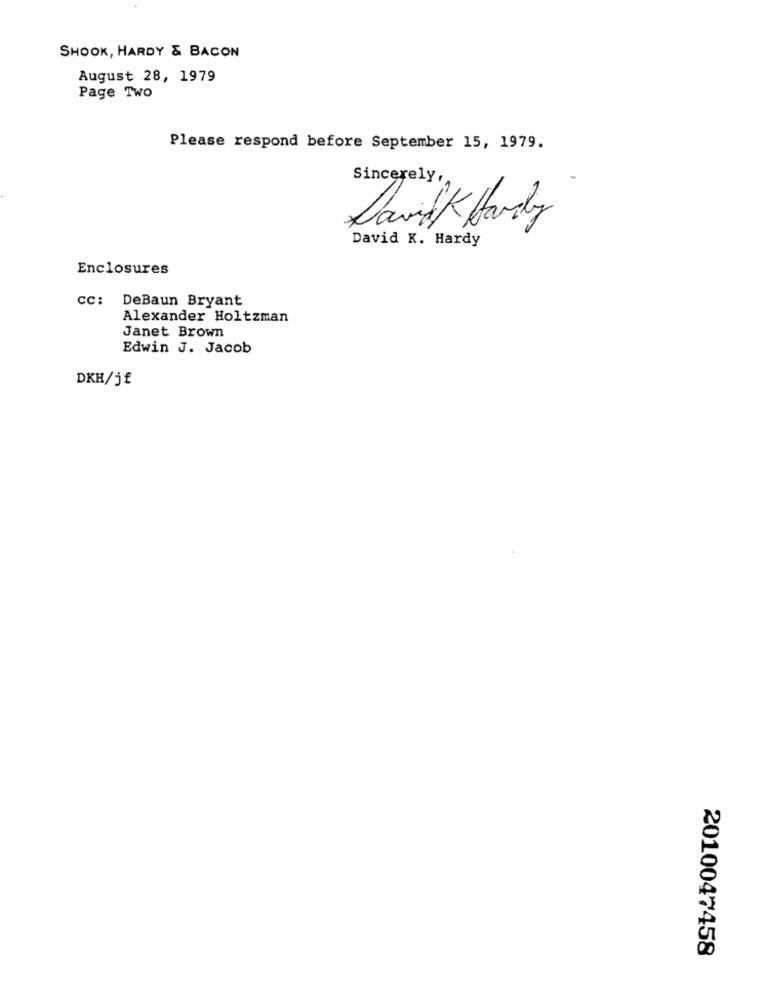
SHOOK, HARDY & BACON
August 28, 1979
Page Two
Please respond before September 15, 1979.
Sincerely,
David Hardy
David K. Hardy
Enclosures
DeBaun Bryant
CC:
Alexander Holtzman
Janet Brown
Edwin J. Jacob
DKH/j£
2010047458